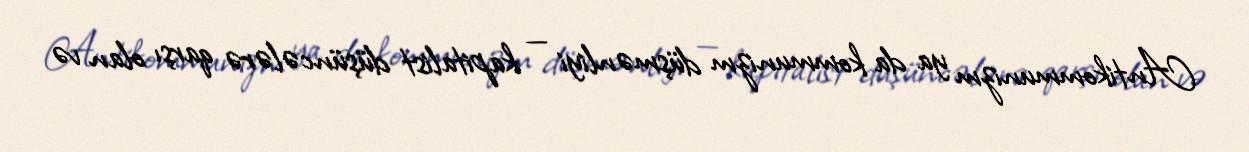
Antikommunizm ya da kommunizm düşmənliyi — kapitalist düşüncələrə qarşı olan və